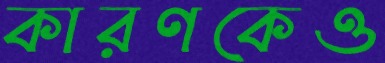
কারণকেও